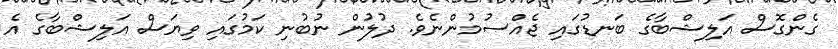
ގެންގޮސް އަލިޝްބާގެ ބަނޑުގައި ޖެއްސުމުންނެވެ. ދުލުން ނުބުނި ކަމުގައި ވިޔަސް އަލިޝްބާގެ އެ